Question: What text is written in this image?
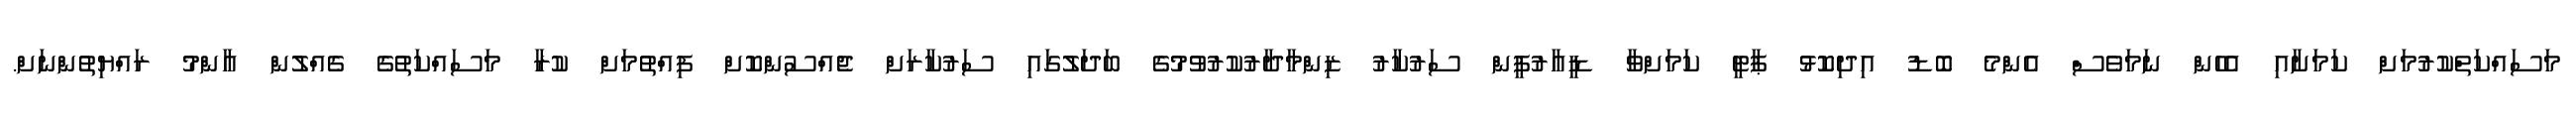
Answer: މަސައްކަތްކުރުމަށް ކަމަށާއި އެހެން ނަމަވެސް އެންމެ ބޮޑު އިދިކޮޅު ޕާޓީ ކަމަށްވާ ޑީއާރުޕީން ސަރުކާރު ޒިންމާދާރުކުރުވުމުގެ ބަދަލުގައި ސަރުކާރަށް ޖެއްސުންކޮށް ފިއްތުމަށް ކުރާ މަސައްކަތުގެ ގެއްލުން އާންމު ރައްޔިތުންނަށް.